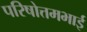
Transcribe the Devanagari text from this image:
परिषोत्तमभाई